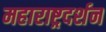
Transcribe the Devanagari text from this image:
महाराष्ट्रदर्शन